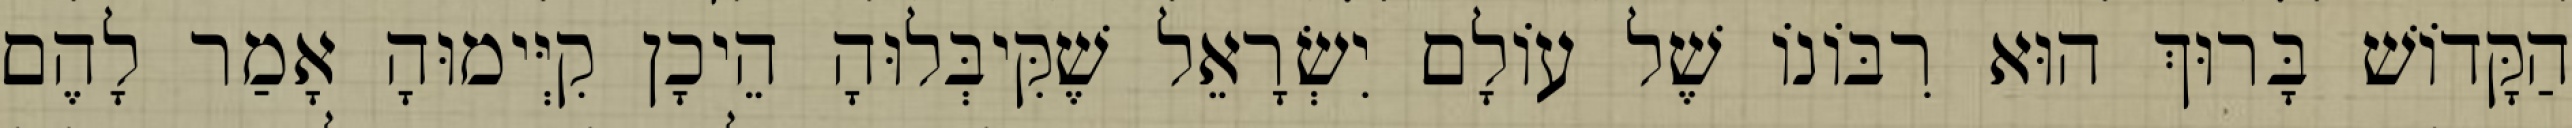
הַקָּדוֹשׁ בָּרוּךְ הוּא רִבּוֹנוֹ שֶׁל עוֹלָם יִשְׂרָאֵל שֶׁקִּיבְּלוּהָ הֵיכָן קִיְּימוּהָ אָמַר לָהֶם